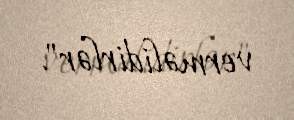
verməlidirlər".